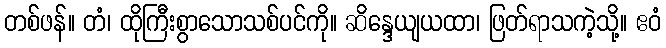
တစ်ဖန်။ တံ၊ ထိုကြီးစွာသောသစ်ပင်ကို။ ဆိန္ဒေယျယထာ၊ ဖြတ်ရာသကဲ့သို့။ ဧဝံ